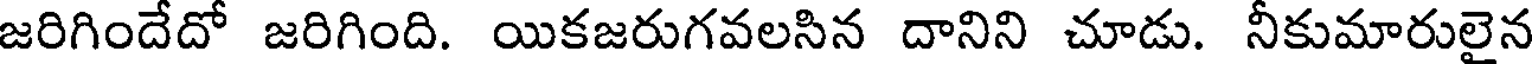
జరిగిందేదో జరిగింది. యికజరుగవలసిన దానిని చూడు. నీకుమారులైన